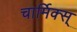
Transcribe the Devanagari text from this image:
चार्मिक्स्